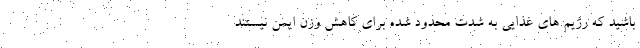
باشید که رژیم های غذایی به شدت محدود شده برای کاهش وزن ایمن نیستند